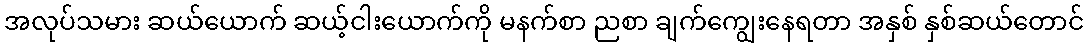
အလုပ်သမား ဆယ်ယောက် ဆယ့်ငါးယောက်ကို မနက်စာ ညစာ ချက်ကျွေးနေရတာ အနှစ် နှစ်ဆယ်တောင်